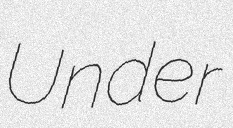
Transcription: Under